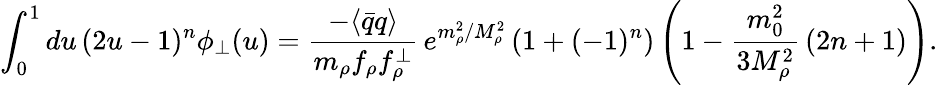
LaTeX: \int_{0}^{1}du\, (2u-1)^{n}\phi_{\perp}(u)=\frac{-\langle\bar{q}q\rangle}{m_{\rho}f_{\rho}f_{\rho}^{\perp}}\, e^{m_{\rho}^{2}/M_{\rho}^{2}}\left(1+(-1)^{n}\right)\left(1-\frac{m_{0}^{2}}{3M_{\rho}^{2}}\, (2n+1)\right).